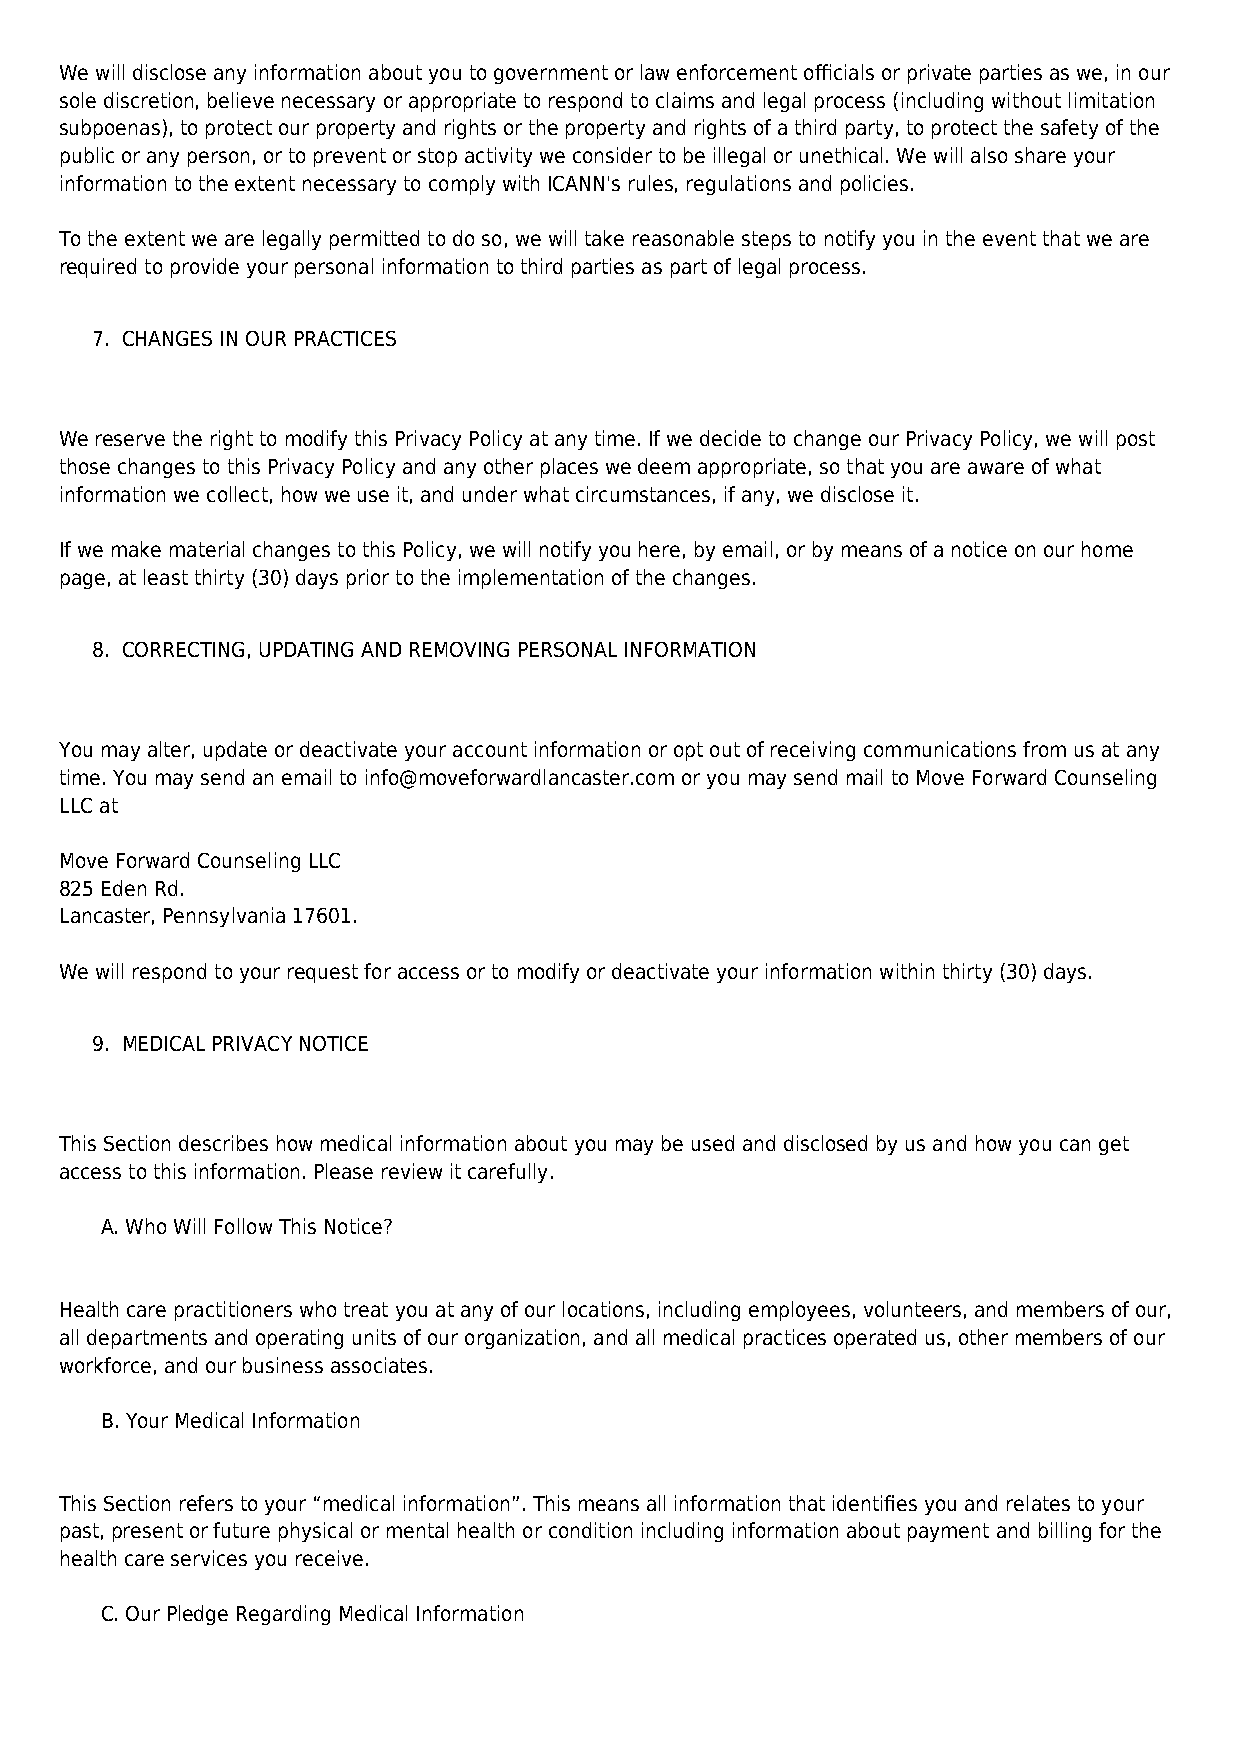
We will disclose any information about you to government or law enforcement officials or private parties as we, in our
 sole discretion, believe necessary or appropriate to respond to claims and legal process (including without limitation
 subpoenas), to protect our property and rights or the property and rights of a third party, to protect the safety of the
 public or any person, or to prevent or stop activity we consider to be illegal or unethical. We will also share your
 information to the extent necessary to comply with ICANN's rules, regulations and policies.
 To the extent we are legally permitted to do so, we will take reasonable steps to notify you in the event that we are
 required to provide your personal information to third parties as part of legal process.
 7. CHANGES IN OUR PRACTICES
 We reserve the right to modify this Privacy Policy at any time. If we decide to change our Privacy Policy, we will post
 those changes to this Privacy Policy and any other places we deem appropriate, so that you are aware of what
 information we collect, how we use it, and under what circumstances, if any, we disclose it.
 If we make material changes to this Policy, we will notify you here, by email, or by means of a notice on our home
 page, at least thirty (30) days prior to the implementation of the changes.
 8. CORRECTING, UPDATING AND REMOVING PERSONAL INFORMATION
 You may alter, update or deactivate your account information or opt out of receiving communications from us at any
 time. You may send an email to info@moveforwardlancaster.com or you may send mail to Move Forward Counseling
 LLC at
 Move Forward Counseling LLC
 825 Eden Rd.
 Lancaster, Pennsylvania 17601.
 We will respond to your request for access or to modify or deactivate your information within thirty (30) days.
 9. MEDICAL PRIVACY NOTICE
 This Section describes how medical information about you may be used and disclosed by us and how you can get
 access to this information. Please review it carefully.
 A. Who Will Follow This Notice?
 Health care practitioners who treat you at any of our locations, including employees, volunteers, and members of our,
 all departments and operating units of our organization, and all medical practices operated us, other members of our
 workforce, and our business associates.
 B. Your Medical Information
 This Section refers to your “medical information”. This means all information that identifies you and relates to your
 past, present or future physical or mental health or condition including information about payment and billing for the
 health care services you receive.
 C. Our Pledge Regarding Medical Information